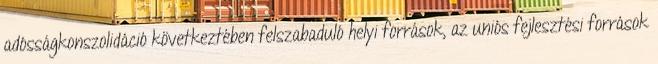
adósságkonszolidáció következtében felszabaduló helyi források, az uniós fejlesztési források